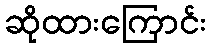
ဆိုထားကြောင်း